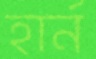
হার্ন